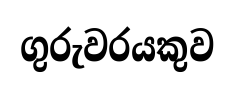
ගුරුවරයකුව